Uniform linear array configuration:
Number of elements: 64
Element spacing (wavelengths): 0.25
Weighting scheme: exponential
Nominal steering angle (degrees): -30
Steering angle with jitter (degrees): -31.487
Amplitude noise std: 0.05
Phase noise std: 0.05

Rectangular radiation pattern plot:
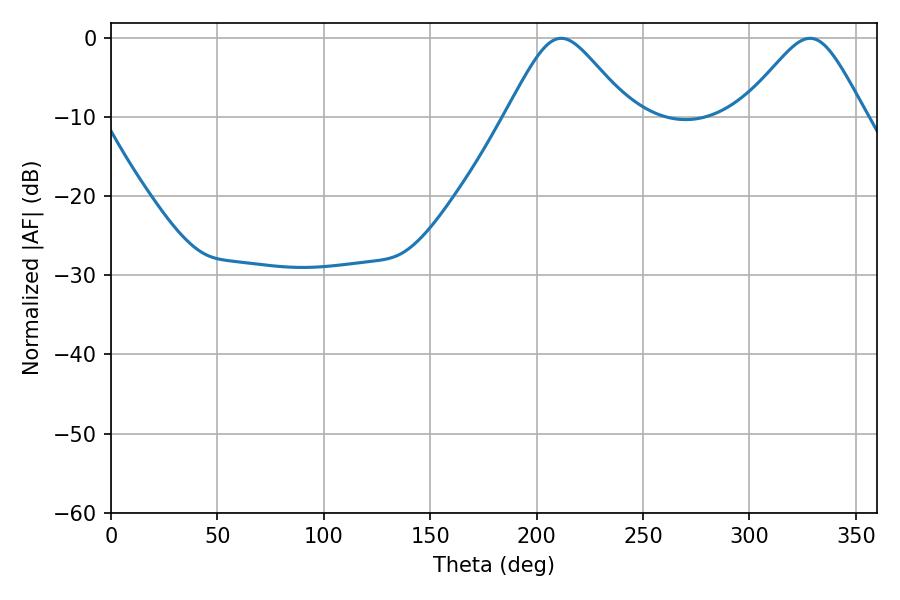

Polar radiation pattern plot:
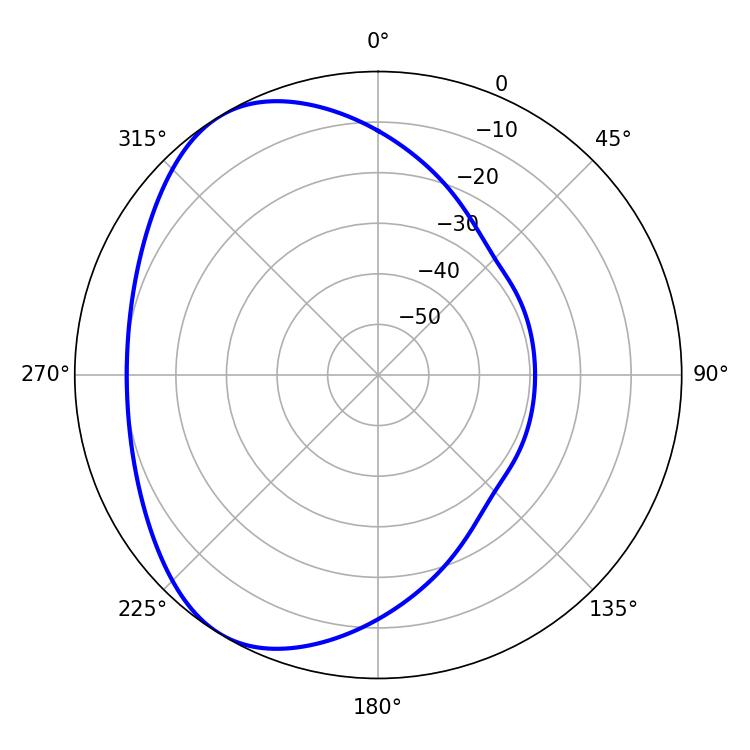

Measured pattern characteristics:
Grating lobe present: FALSE
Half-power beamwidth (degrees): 28.26
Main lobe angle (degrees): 211.5